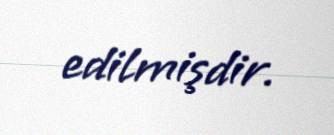
edilmişdir.